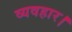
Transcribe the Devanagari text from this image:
व्‍यवहार।